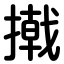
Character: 撠